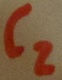
Text: C2